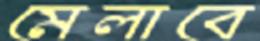
মেলাবে